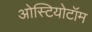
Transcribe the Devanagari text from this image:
ओस्टियोटॉम